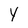
Character: Y